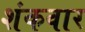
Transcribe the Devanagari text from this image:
शंकवार